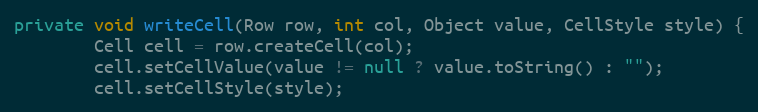
Language: Java
private void writeCell(Row row, int col, Object value, CellStyle style) {
		Cell cell = row.createCell(col);
		cell.setCellValue(value != null ? value.toString() : "");
		cell.setCellStyle(style);